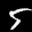
Label: 5